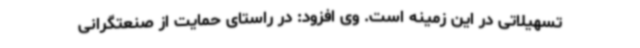
تسهیلاتی در این زمینه است. وی افزود: در راستای حمایت از صنعتگرانی